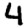
Digit: 4